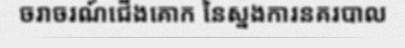
ចរាចរណ៍ជើងគោក នៃស្នងការនគរបាល